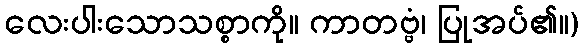
လေးပါးသောသစ္စာကို။ ကာတဗ္ဗံ၊ ပြုအပ်၏။)